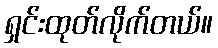
ရှင်းထုတ်လိုက်တယ်။